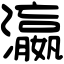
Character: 瀛